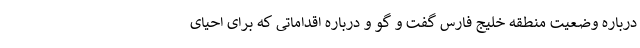
درباره وضعیت منطقه خلیج فارس گفت و گو و درباره اقداماتی که برای احیای